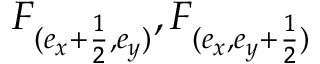
F _ { ( e _ { x } + \frac { 1 } { 2 } , e _ { y } ) } , F _ { ( e _ { x } , e _ { y } + \frac { 1 } { 2 } ) }